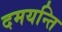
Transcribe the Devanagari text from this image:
दमयन्ति